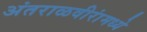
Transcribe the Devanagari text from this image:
अंतराळवीरांमध्ये